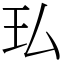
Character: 㺨